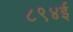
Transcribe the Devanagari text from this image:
८९४ई